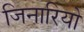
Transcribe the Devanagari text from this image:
जिनारियो